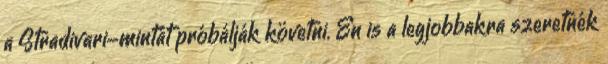
a Stradivari-mintát próbálják követni. Én is a legjobbakra szeretnék